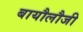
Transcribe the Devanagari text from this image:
बायौलौजी